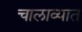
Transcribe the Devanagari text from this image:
चालाव्यात